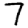
Digit: 7